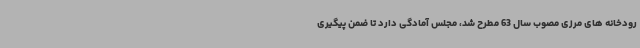
رودخانه های مرزی مصوب سال 63 مطرح شد، مجلس آمادگی دارد تا ضمن پیگیری